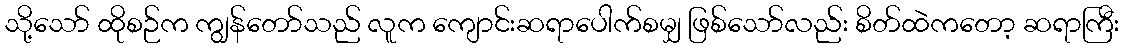
သို့သော် ထိုစဉ်က ကျွန်တော်သည် လူက ကျောင်းဆရာပေါက်စမျှ ဖြစ်သော်လည်း စိတ်ထဲကတော့ ဆရာကြီး